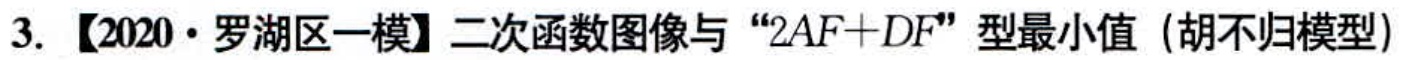
3. 【2020·罗湖区一模】二次函数图像与 “2AF + DF” 型最小值（胡不归模型）